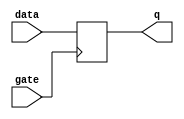
module gated_latch (
    input wire data,
    input wire gate,
    output reg q
);

always @ (posedge gate) begin
    if (gate) begin
        q <= data;
    end
end

endmodule